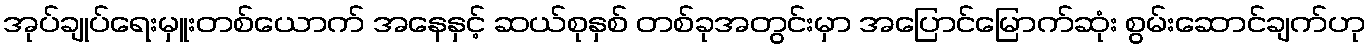
အုပ်ချုပ်ရေးမှူးတစ်ယောက် အနေနှင့် ဆယ်စုနှစ် တစ်ခုအတွင်းမှာ အပြောင်မြောက်ဆုံး စွမ်းဆောင်ချက်ဟု